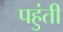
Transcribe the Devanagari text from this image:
पहुंती